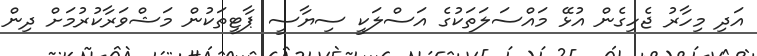
އަދި މިހާރު ޖެހިގެން އުޅޭ މައްސަލަަތަކުގެ އަސްލަކީ ސިޔާސީ ޕާޓީތަކުން މަޝްވަރާކުރުމަށް ދިން